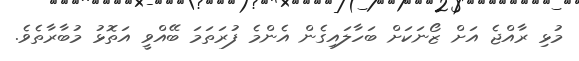
މުޅި ރާއްޖެ އަށް ޒޯނަކަށް ބަހާލައިގެން އެންމެ ފުރަތަމަ ބޭއްވީ އަތޮޅު މުބާރާތެވެ.